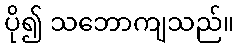
ပို၍ သဘောကျသည်။